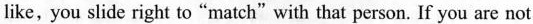
like, you slide right to"match"with that person. If you are not